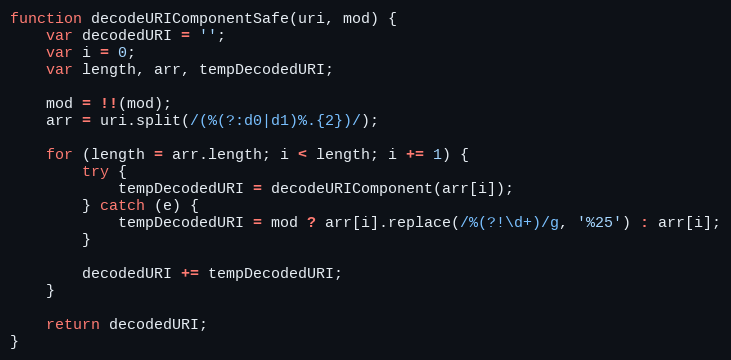
Language: JavaScript
function decodeURIComponentSafe(uri, mod) {
    var decodedURI = '';
    var i = 0;
    var length, arr, tempDecodedURI;

    mod = !!(mod);
    arr = uri.split(/(%(?:d0|d1)%.{2})/);

    for (length = arr.length; i < length; i += 1) {
        try {
            tempDecodedURI = decodeURIComponent(arr[i]);
        } catch (e) {
            tempDecodedURI = mod ? arr[i].replace(/%(?!\d+)/g, '%25') : arr[i];
        }

        decodedURI += tempDecodedURI;
    }

    return decodedURI;
}